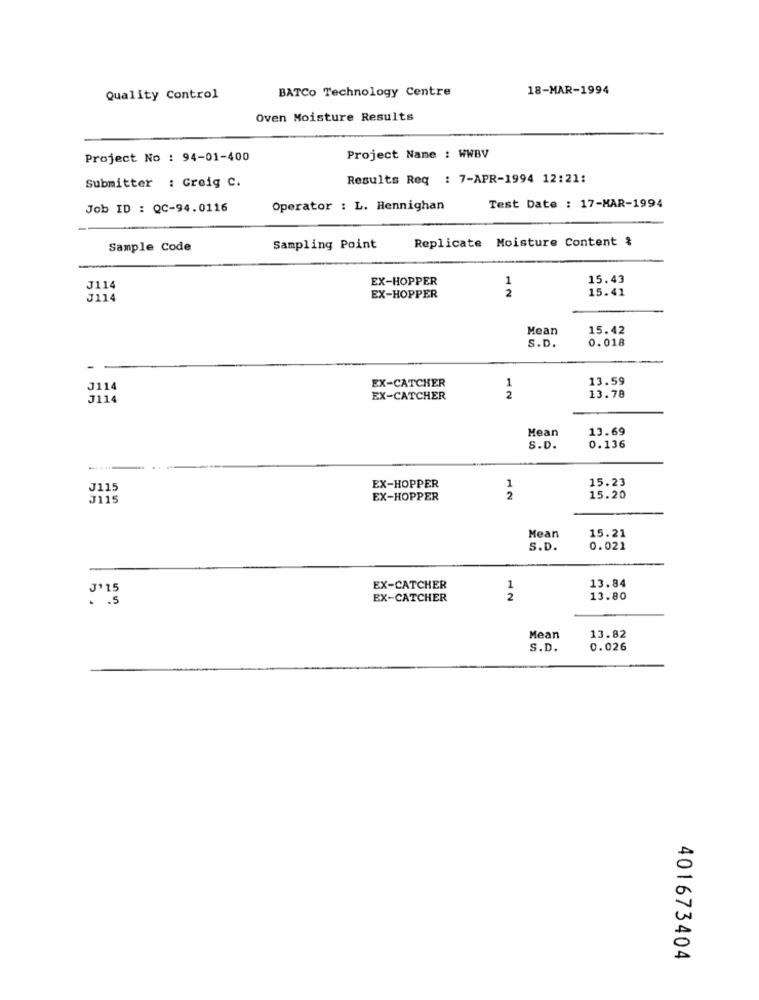
BATCo Technology Centre
18-MAR-1994
Quality Control
Oven Moisture Results
Project No : 94-01-400
Project Name : WWBV
Submitter : Greig C.
Results Req : 7-APR-1994 12:21:
Job ID : QC-94.0116
Operator : L. Hennighan
Test Date : 17-MAR-1994
Replicate Moisture Content &
Sample Code
Sampling Point
EX-HOPPER
1
15.43
J114
2
15.41
J114
EX-HOPPER
Mean
15.42
0.018
S.D.
EX-CATCHER
1
13.59
J114
J114
EX-CATCHER
2
13.78
Mean
13.69
S.D.
0.136
15.23
J115
EX-HOPPER
1
J115
EX-HOPPER
2
15.20
15.21
Mean
S.D.
0.021
13.84
J'15
EX-CATCHER
1
. . 5
EX-CATCHER
2
13.80
Mean
13.82
S.D.
0.026
401673404